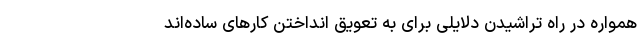
همواره در راه تراشیدن دلایلی برای به تعویق انداختن کارهای ساده‌اند